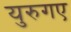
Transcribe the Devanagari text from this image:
युरुगए